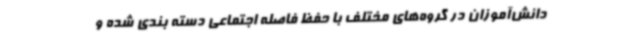
دانش‌آموزان در گروه‌های مختلف با حفظ فاصله اجتماعی دسته بندی شده و